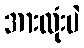
အားလုံးပဲ